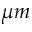
\mu m